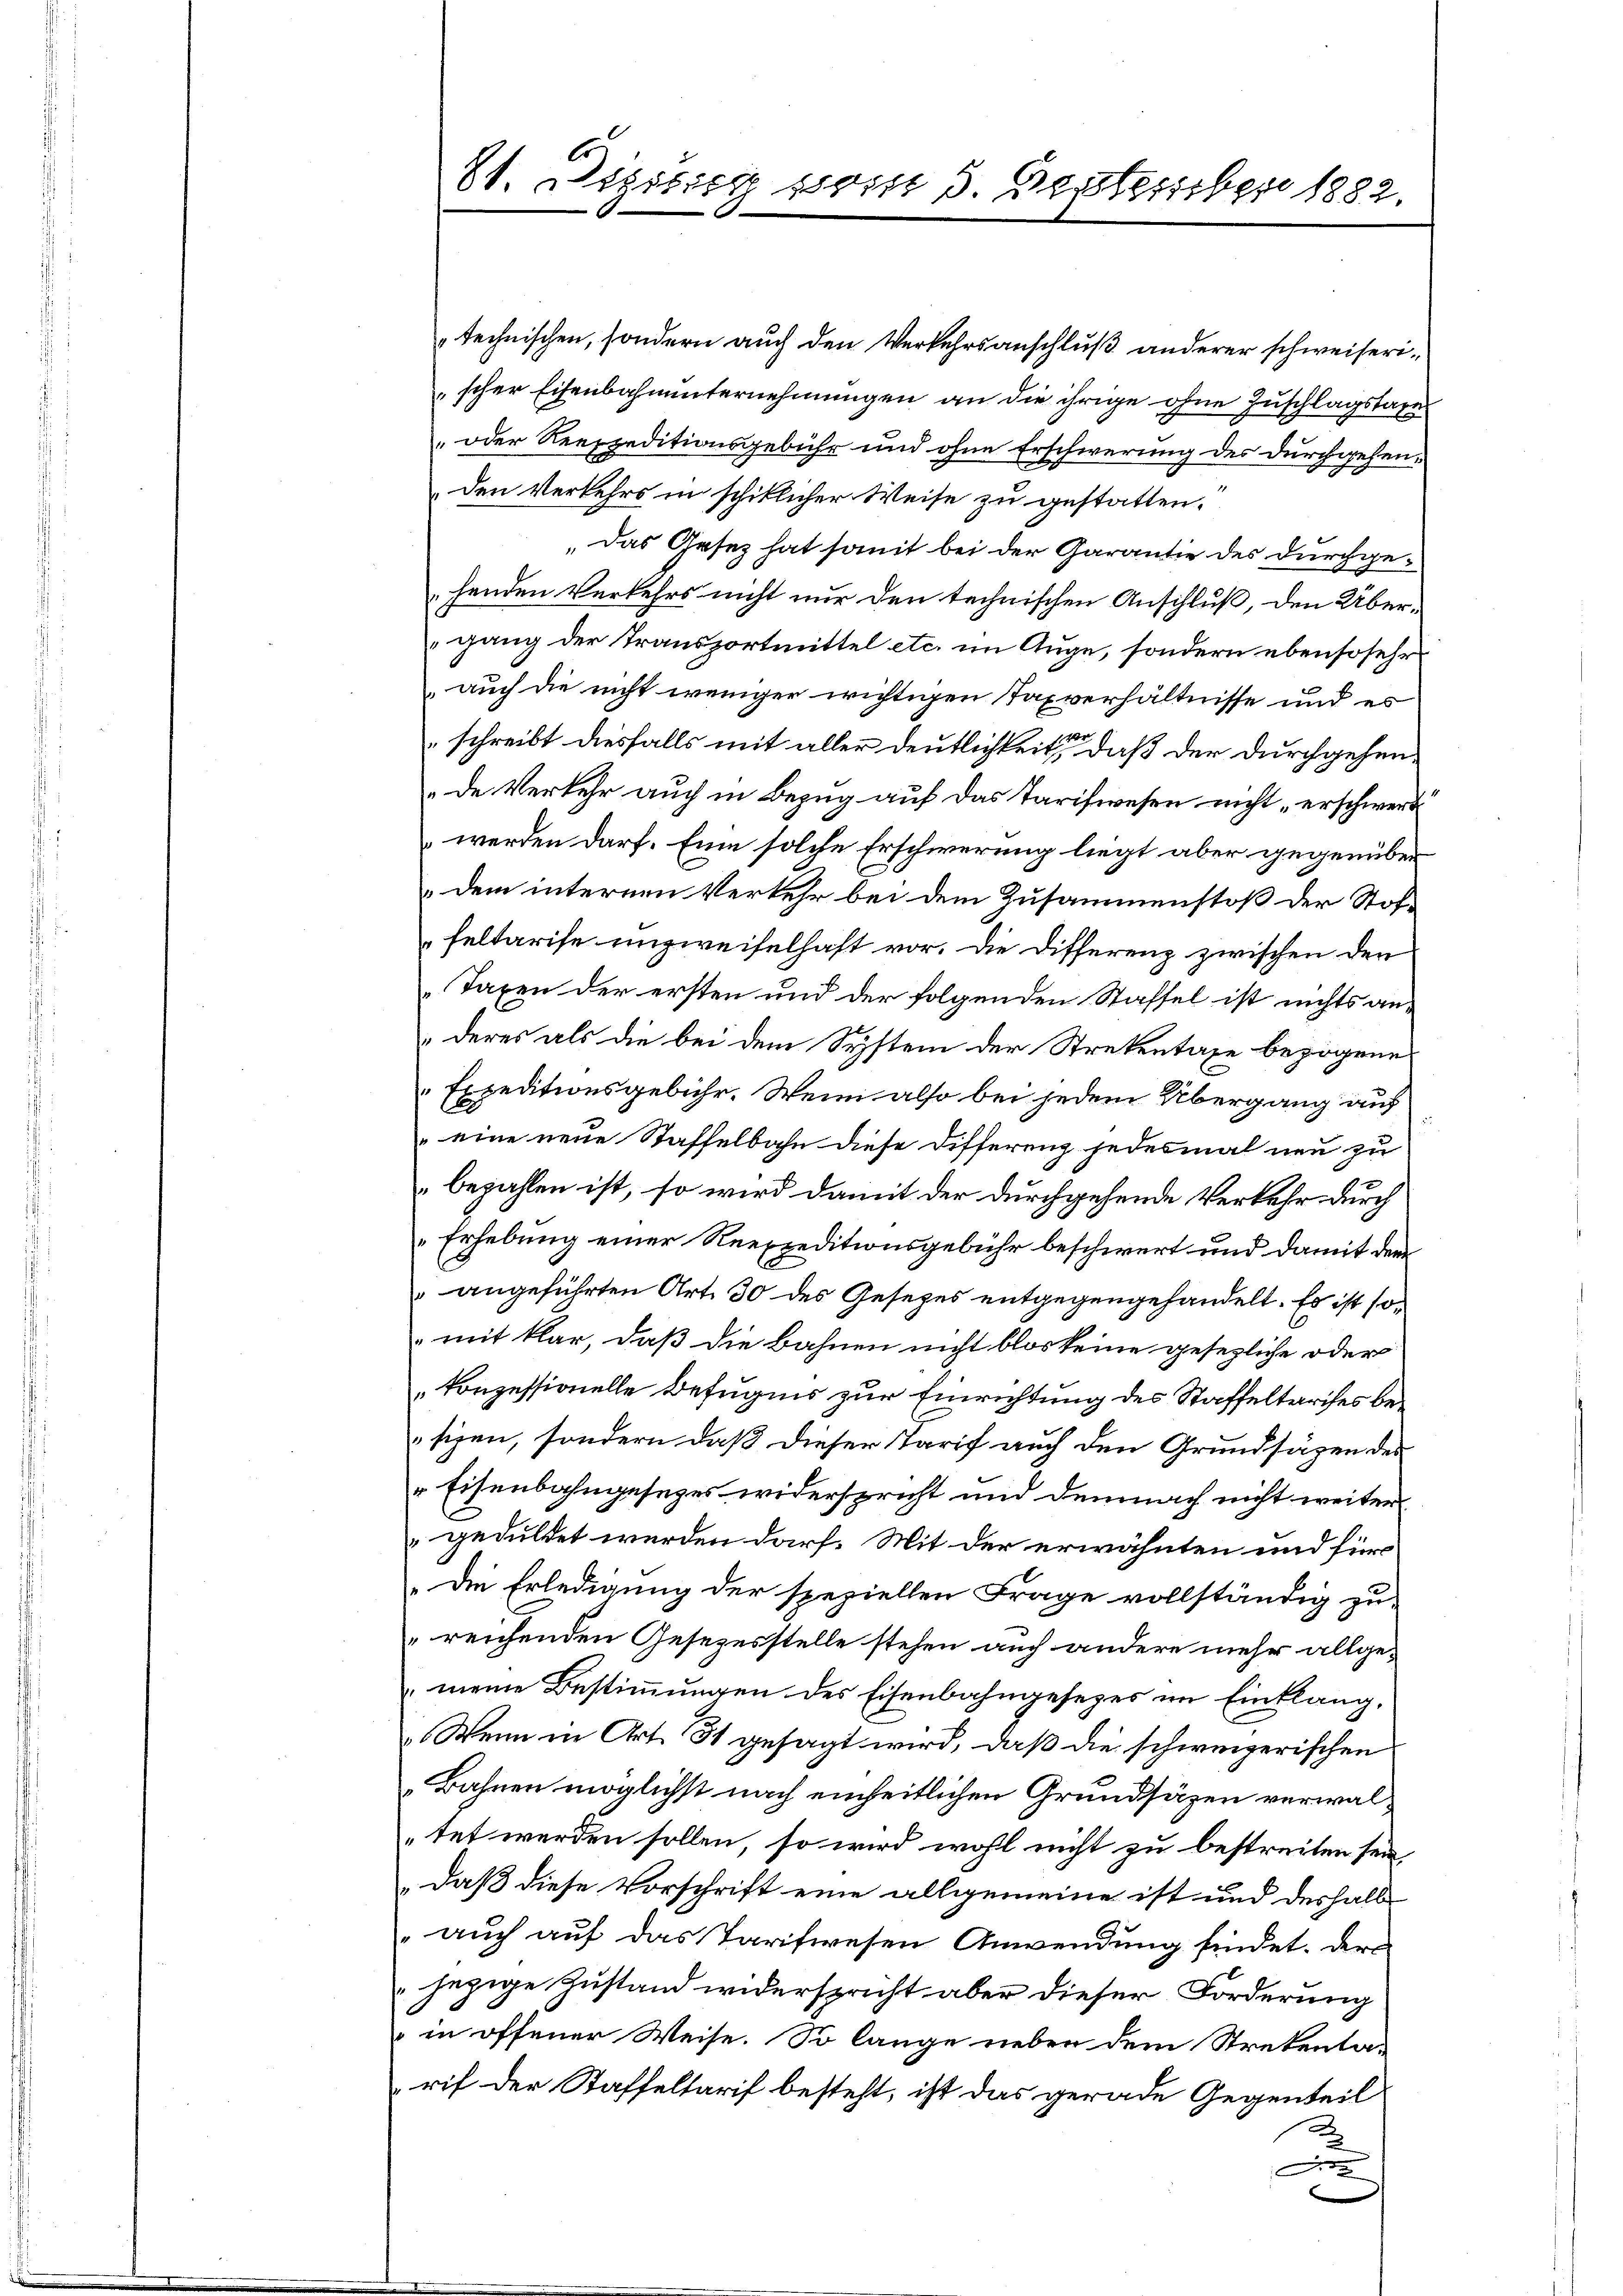
technischen, sondern auch den Verkehrsanschluß anderer schweiserischer Eisenbahnunternehmungen an die ihrige ohne Zuschlagstages
oder Reexpeditionsgebühr und ohne Erschwerung des durchgehen¬
Den Verkehrs in schiklicher Weise zu gestatten.
„Das Gesez hat somit bei der Garantie des durchgehenden Verkehrs nicht nur den technischen Anschluß, den Übergang der Transportmittel etc. im Auge, sondern ebensosehr
auch die nicht weniger wichtigen Taxverhältnisse und es
schreibt diesfalls mit aller deutlichkeit, daß der durchgehende Verkehr auch in Bezug auf das Tarifwesen nicht erschwert
werden darf. Eine solche Erschwerung liegt aber gegenüber
dem internen Verkehr bei dem Zusammenstoß der Stoffeltarise unzweifelhaft vor. Die Differenz zwischen den
Taxen der ersten und der folgenden Staffel ist nichts anderes als die bei dem System der Strekentaxe bezogene
Expeditionsgebühr. Wenn also bei jedem Übergang auf
eine neue Staffelbahn diese Differenz jedesmal neu zu
bezahlen ist, so wird damit der durchgehende Verkehr durch
Erhebung einer Reexpeditionsgebühr beschwert und damit der
angeführten Art. 30 des Gesetzes entgegengehandelt. Es ist somit klar, daß die Bahnen nicht blos keine gesezliche oder
konzessionelle Befugnis zur Einrichtung des Staffeltarises besizen, sondern daß dieser Tarif auch den Grundsätzen des
 Eisenbahngesezes widerspricht und demnach nicht weiter
geduldet werden darf. Mit der erwähnten und für
.Die Erledigung der speziellen Frage vollständig zu-
reichenden Gesezesstelle stehen auch andere mehr allgemeine Bestimmungen des Eisenbahngesetzes im Einklang,
Wenn in Art. 31 gesagt wird, daß die schweizerischen
Bahnen möglichst nach einheitlichen Grundsäzen verwaltet werden sollen, so wird wohl nicht zu bestreiten sein,
„daß diese Vorschrift eine allgemeine ist und deshalb
auch auf das Tarifwesen Anwendung findet. Der
jezige Zustand widerspricht aber dieser Forderung
in offener Weise. So lange neben dem Stretenta-
rif der Staffeltarif besteht, ist das gerade Gegenteil
2
m

81. Dezitier vom 5. September 1882.